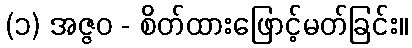
(၁) အဇ္ဇဝ - စိတ်ထားဖြောင့်မတ်ခြင်း။